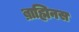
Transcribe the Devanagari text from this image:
ब्राह्मिनस